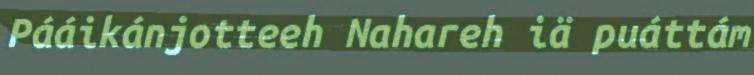
Pááikánjotteeh Nahareh iä puáttám